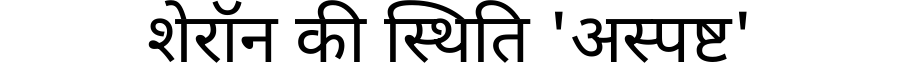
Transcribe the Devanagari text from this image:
शेरॉन की स्थिति 'अस्पष्ट'